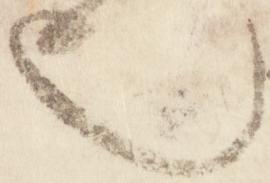
也